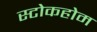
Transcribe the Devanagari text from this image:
स्टोकहोम